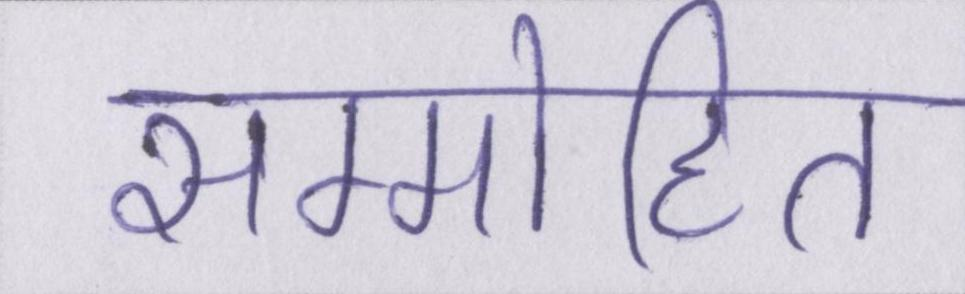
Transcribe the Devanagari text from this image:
सम्मोहित